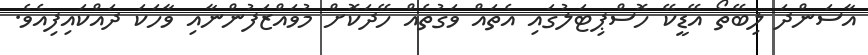
އާސަންދަ ލިބޭތޯ އޭޑީކޭ ހޮސްޕިޓަލުގައި އެތައް ވަގުތެއް ހޭދަކޮށް މުވައްޒަފުންނާއި ވާހަކަ ދައްކައިފިއެވެ.